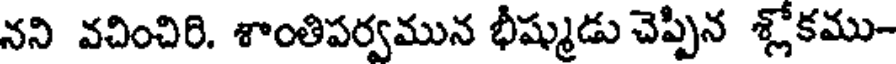
నని వచించిరి. శాంతిపర్వమున భీష్ముడు చెప్పిన శ్లోకము-